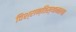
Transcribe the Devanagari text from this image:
विश्रान्तिस्थानतया